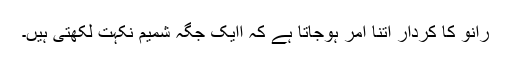
رانو کا کردار اتنا امر ہوجاتا ہے کہ اایک جگہ شمیم نکہت لکھتی ہیں۔